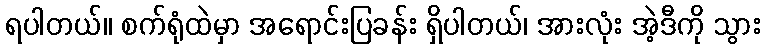
ရပါတယ်။ စက်ရုံထဲမှာ အရောင်းပြခန်း ရှိပါတယ်၊ အားလုံး အဲ့ဒီကို သွား